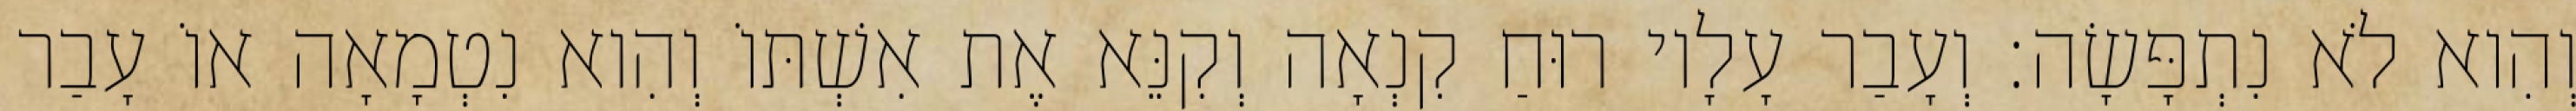
וְהִוא לֹא נִתְפָּשָׂה׃ וְעָבַר עָלָיו רוּחַ קִנְאָה וְקִנֵּא אֶת אִשְׁתּוֹ וְהִוא נִטְמָאָה אוֹ עָבַר